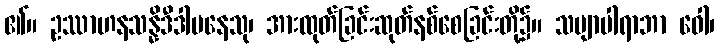
၏။ ဥဿာဟနသန္နိဒီဒါပနေသု၊ အားထုတ်ခြင်းဆုတ်နစ်စေခြင်းတို့၌။ သဗျာပါရာဘာ ဝေါ၊